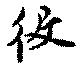
役